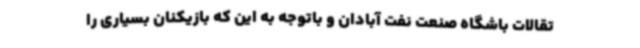
تقالات باشگاه صنعت نفت آبادان و باتوجه به این که بازیکنان بسیاری را